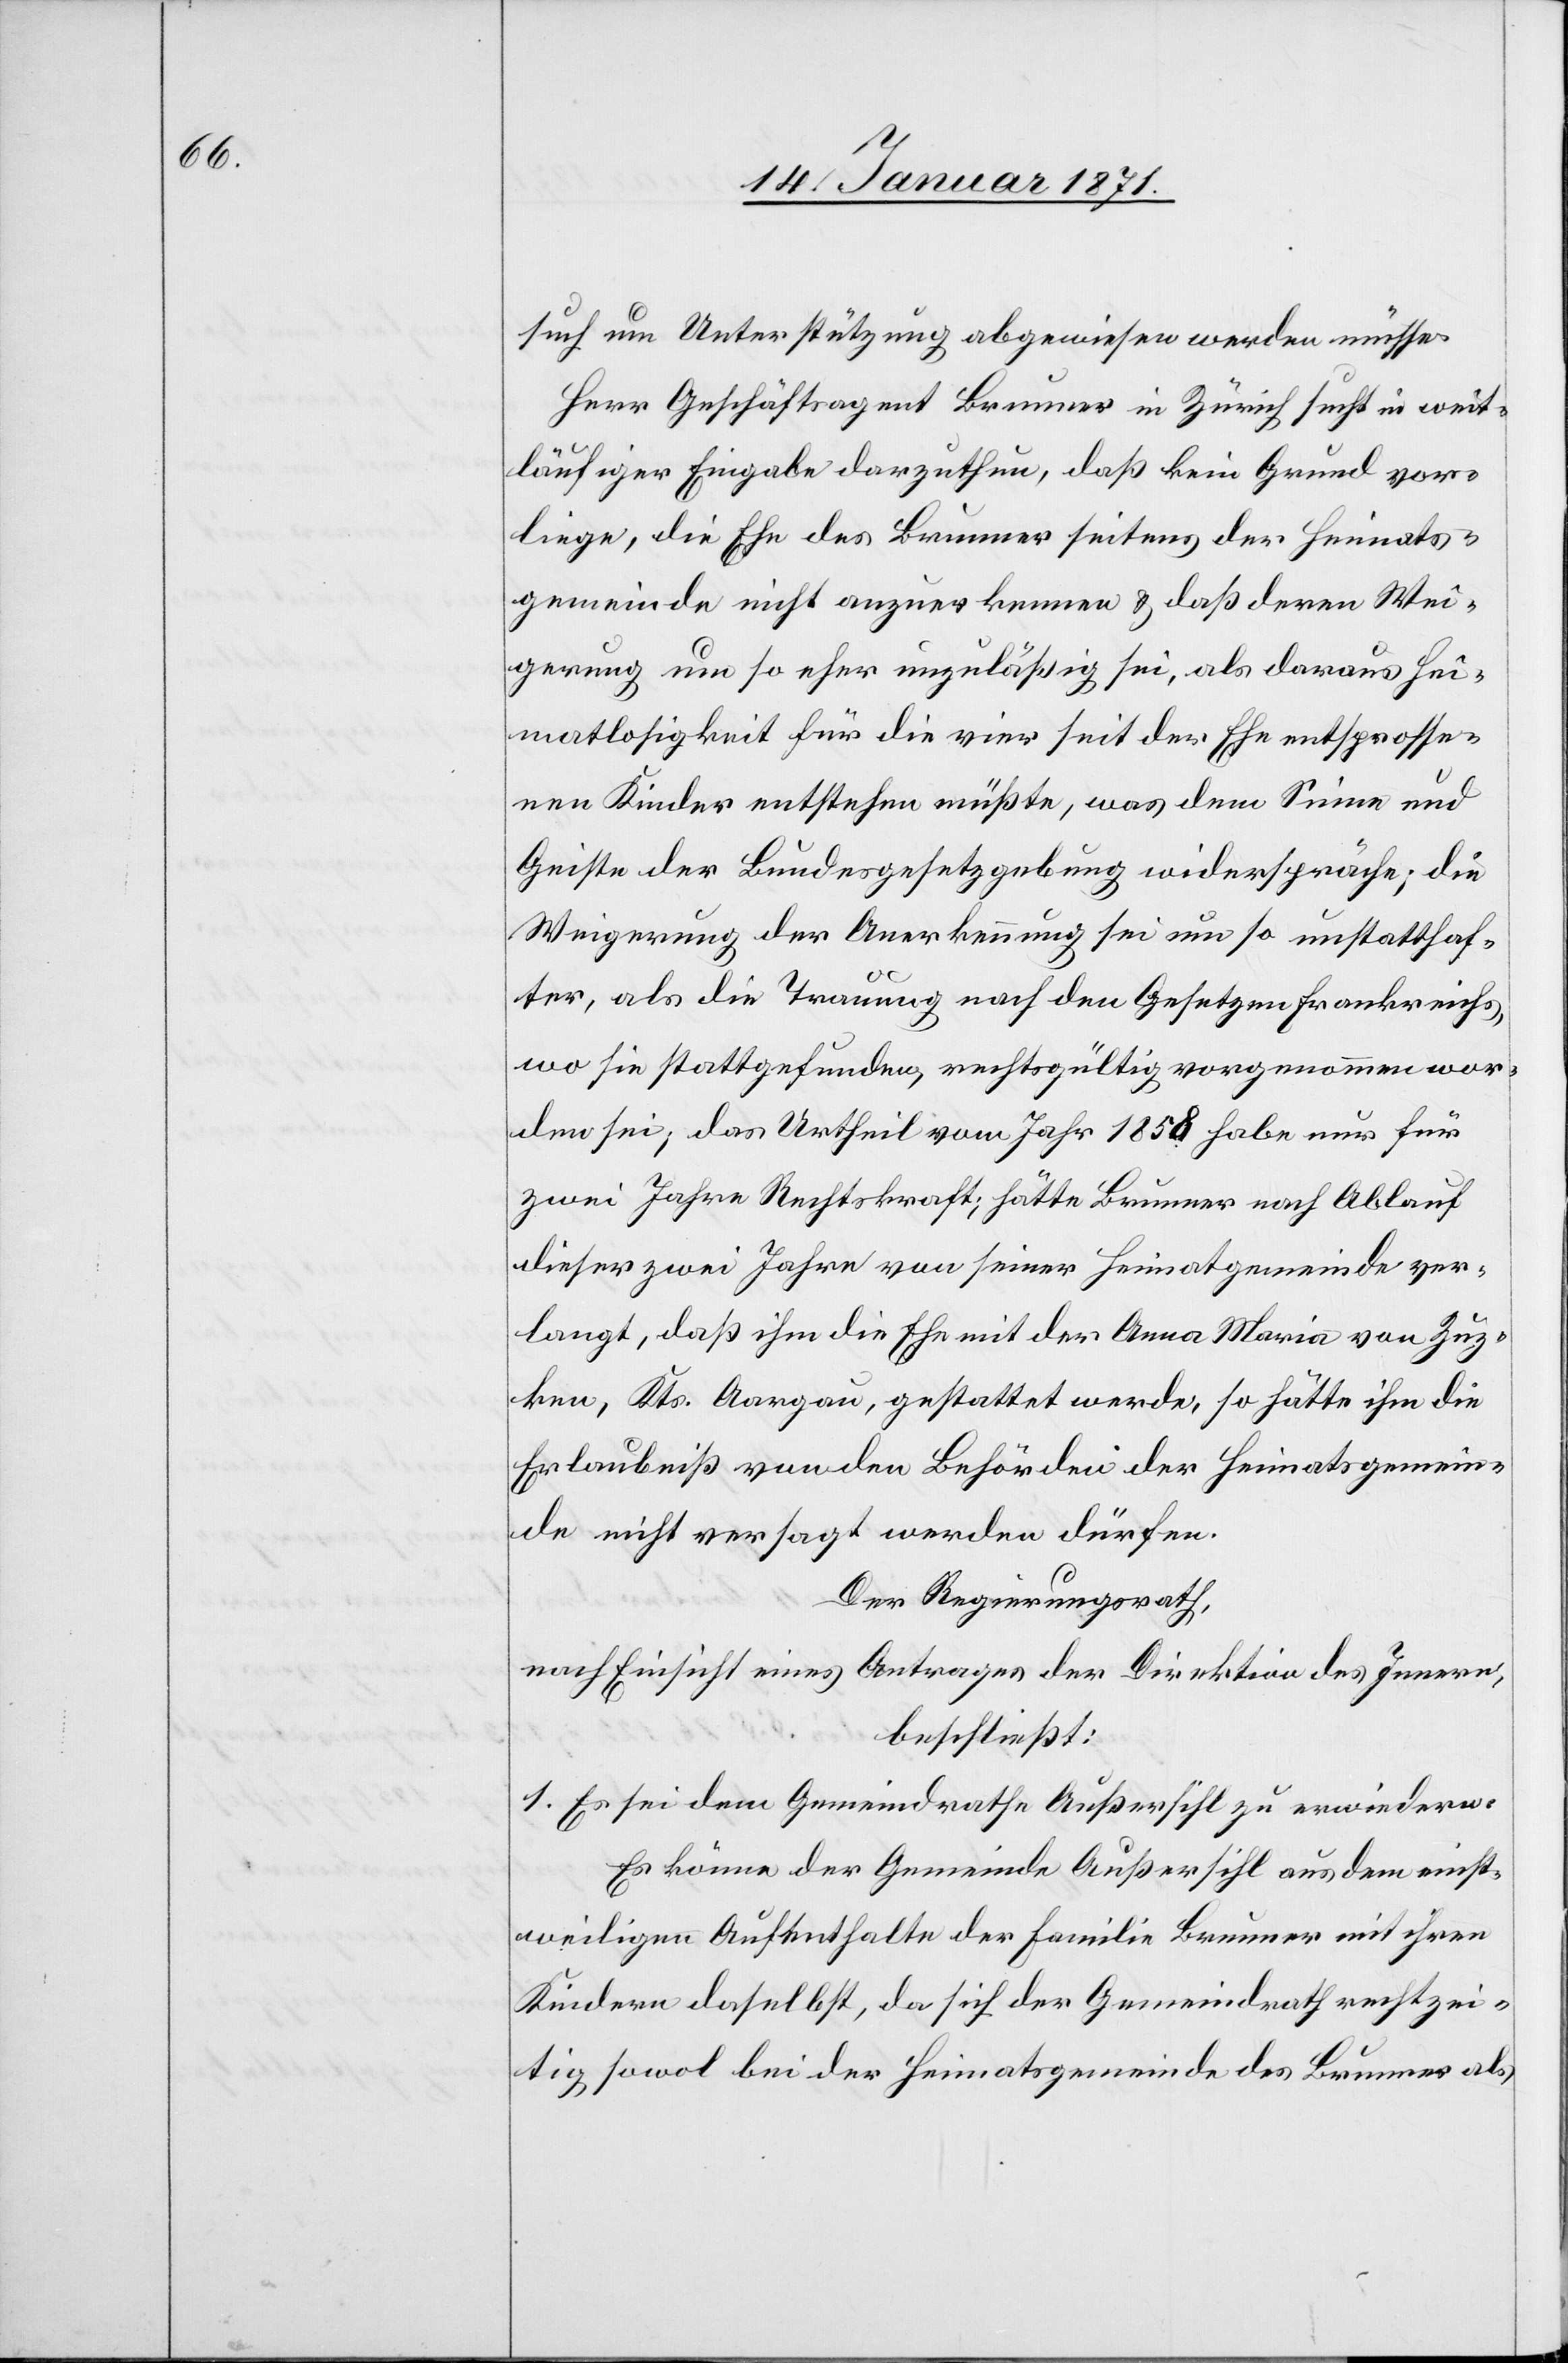
such um Unterstützung abgewiesen werden müsse.
Herr Geschäftsagent Brunner in Zürich sucht in weit¬
läufiger Eingabe darzuthun, daß kein Grund vor¬
liege, die Ehe des Brunner seitens der Heimats¬
gemeinde nicht anzuerkennen u. daß deren Wei¬
gerung um so eher unzuläßig sei, als daraus Hei¬
matlosigkeit für die vier seit der Ehe entsprosse¬
nen Kinder entstehen müßte, was dem Sinne und
Geiste der Bundesgesetzgebung widerspräche; die
Weigerung der Anerkennung sei um so unstatthaf¬
ter, als die Trauung nach den Gesetzen Frankreichs,
wo sie stattgefunden, rechtsgültig vorgenommen wor¬
den sei, das Urtheil vom Jahr 1858 habe nur für
zwei Jahre Rechtskraft; hätte Brunner nach Ablauf
dieser zwei Jahre von seiner Heimatgemeinde ver¬
langt, daß ihm die Ehe mit der Anna Maria von Zuz¬
ken, Kts. Aargau, gestattet werde, so hätte ihm die
Erlaubniß von den Behörden der Heimatsgemein¬
de nicht versagt werden dürfen.
Der Regierungsrath,
nach Einsicht eines Antrages der Direktion des Innern,
beschließt:
1. Es sei dem Gemeindrathe Außersihl zu erwiedern:
Es könne der Gemeinde Außersihl aus dem nicht¬
weiligen Aufenthalte der Familie Brunner mit ihren
Kindern daselbst, da sich der Gemeindrath rechtzei¬
tig sowol bei der Heimatsgemeinde des Brunners als